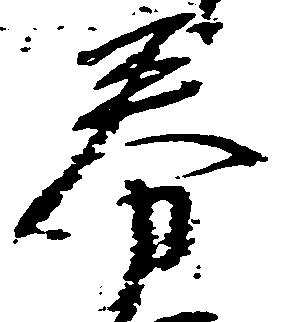
券